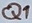
Text: Q1